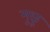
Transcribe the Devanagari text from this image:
मूछू